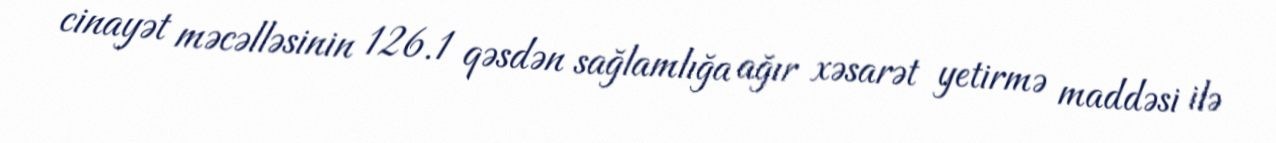
cinayət məcəlləsinin 126.1 qəsdən sağlamlığa ağır xəsarət yetirmə maddəsi ilə